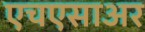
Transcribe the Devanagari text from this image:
एचएसाअर